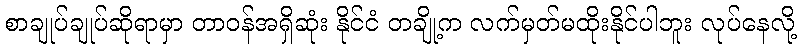
စာချုပ်ချုပ်ဆိုရာမှာ တာဝန်အရှိဆုံး နိုင်ငံ တချို့က လက်မှတ်မထိုးနိုင်ပါဘူး လုပ်နေလို့